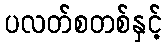
ပလတ်စတစ်နှင့်